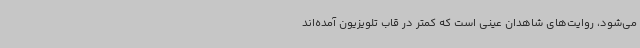
می‌شود، روایت‌های شاهدان عینی است که کمتر در قاب تلویزیون آمده‌اند